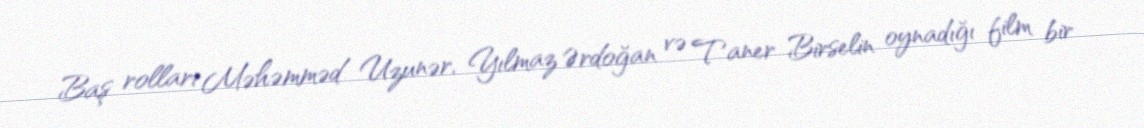
Baş rolları Məhəmməd Uzunər, Yılmaz Ərdoğan və Taner Birselin oynadığı film bir